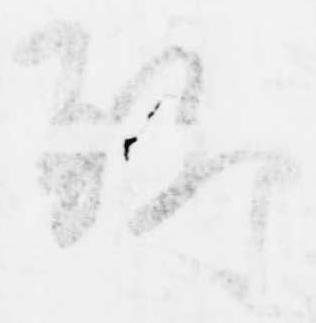
聊